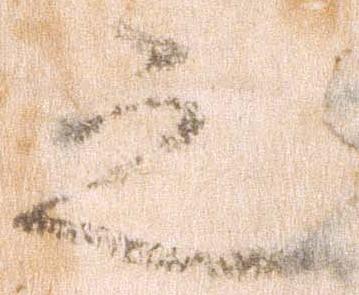
之